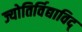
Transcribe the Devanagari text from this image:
ज्योतिर्विद्याविद्